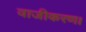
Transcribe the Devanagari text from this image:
वाजीकरण।